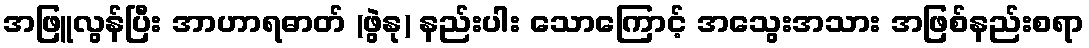
အဖြူလွန်ပြီး အာဟာရဓာတ် (ဖွဲနု) နည်းပါး သောကြောင့် အသွေးအသား အဖြစ်နည်းစရာ